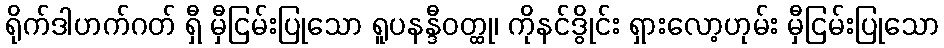
ရိုက်ဒါဟက်ဂတ် ရှီ မှီငြမ်းပြုသော ရူပနန္ဒီဝတ္ထု၊ ကိုနင်ဒွိုင်း ရှားလော့ဟုမ်း မှီငြမ်းပြုသော